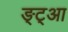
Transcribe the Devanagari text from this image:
ङ्ट्आ